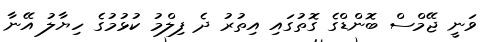
ވަނީ ޖޭމްސް ބޮންޑްގެ ގޮތުގައި އިތުރު ދެ ފިލްމު ކުޅުމުގެ ހިޔާލު އޭނާ